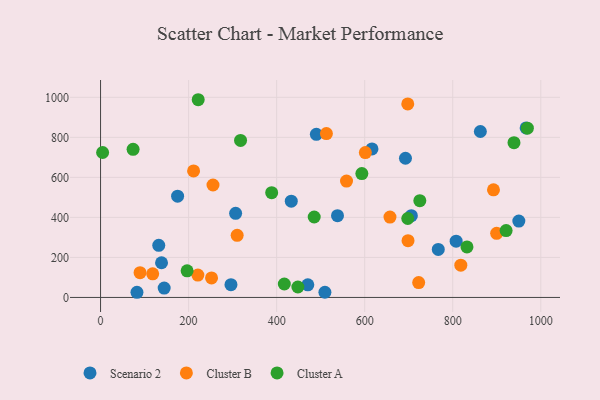
{"axis": {"x": "Investment", "y": "Profit"}, "legend": ["Cluster A", "Cluster B", "Scenario 2"], "data": [{"x": "616.5", "y": 742.3, "type": "Scenario 2"}, {"x": "966.7", "y": 846.8, "type": "Scenario 2"}, {"x": "862.7", "y": 829.2, "type": "Scenario 2"}, {"x": "132.2", "y": 260.5, "type": "Scenario 2"}, {"x": "433.2", "y": 480.9, "type": "Scenario 2"}, {"x": "296.2", "y": 63.7, "type": "Scenario 2"}, {"x": "306.8", "y": 420.4, "type": "Scenario 2"}, {"x": "470.8", "y": 63.0, "type": "Scenario 2"}, {"x": "490.2", "y": 815.2, "type": "Scenario 2"}, {"x": "950.1", "y": 381.8, "type": "Scenario 2"}, {"x": "144.5", "y": 47.0, "type": "Scenario 2"}, {"x": "706.0", "y": 408.4, "type": "Scenario 2"}, {"x": "175.0", "y": 505.8, "type": "Scenario 2"}, {"x": "767.1", "y": 239.7, "type": "Scenario 2"}, {"x": "692.6", "y": 695.4, "type": "Scenario 2"}, {"x": "82.7", "y": 25.8, "type": "Scenario 2"}, {"x": "509.6", "y": 26.0, "type": "Scenario 2"}, {"x": "538.2", "y": 408.7, "type": "Scenario 2"}, {"x": "807.7", "y": 281.3, "type": "Scenario 2"}, {"x": "138.5", "y": 173.3, "type": "Scenario 2"}, {"x": "899.7", "y": 320.3, "type": "Cluster B"}, {"x": "255.4", "y": 561.9, "type": "Cluster B"}, {"x": "892.5", "y": 537.7, "type": "Cluster B"}, {"x": "698.4", "y": 283.8, "type": "Cluster B"}, {"x": "657.4", "y": 401.3, "type": "Cluster B"}, {"x": "558.7", "y": 581.2, "type": "Cluster B"}, {"x": "89.7", "y": 123.7, "type": "Cluster B"}, {"x": "697.8", "y": 967.0, "type": "Cluster B"}, {"x": "310.3", "y": 310.5, "type": "Cluster B"}, {"x": "118.4", "y": 117.8, "type": "Cluster B"}, {"x": "513.0", "y": 819.0, "type": "Cluster B"}, {"x": "601.5", "y": 723.9, "type": "Cluster B"}, {"x": "211.3", "y": 632.0, "type": "Cluster B"}, {"x": "722.6", "y": 74.1, "type": "Cluster B"}, {"x": "818.3", "y": 161.0, "type": "Cluster B"}, {"x": "252.1", "y": 97.4, "type": "Cluster B"}, {"x": "221.0", "y": 111.9, "type": "Cluster B"}, {"x": "939.1", "y": 773.2, "type": "Cluster A"}, {"x": "593.5", "y": 618.8, "type": "Cluster A"}, {"x": "448.2", "y": 52.1, "type": "Cluster A"}, {"x": "921.2", "y": 333.9, "type": "Cluster A"}, {"x": "485.3", "y": 401.9, "type": "Cluster A"}, {"x": "73.9", "y": 740.0, "type": "Cluster A"}, {"x": "725.2", "y": 483.7, "type": "Cluster A"}, {"x": "388.7", "y": 523.5, "type": "Cluster A"}, {"x": "196.6", "y": 132.9, "type": "Cluster A"}, {"x": "417.4", "y": 67.1, "type": "Cluster A"}, {"x": "318.0", "y": 784.3, "type": "Cluster A"}, {"x": "221.8", "y": 987.9, "type": "Cluster A"}, {"x": "697.8", "y": 394.4, "type": "Cluster A"}, {"x": "4.7", "y": 724.1, "type": "Cluster A"}, {"x": "832.3", "y": 252.6, "type": "Cluster A"}, {"x": "969.5", "y": 845.7, "type": "Cluster A"}]}